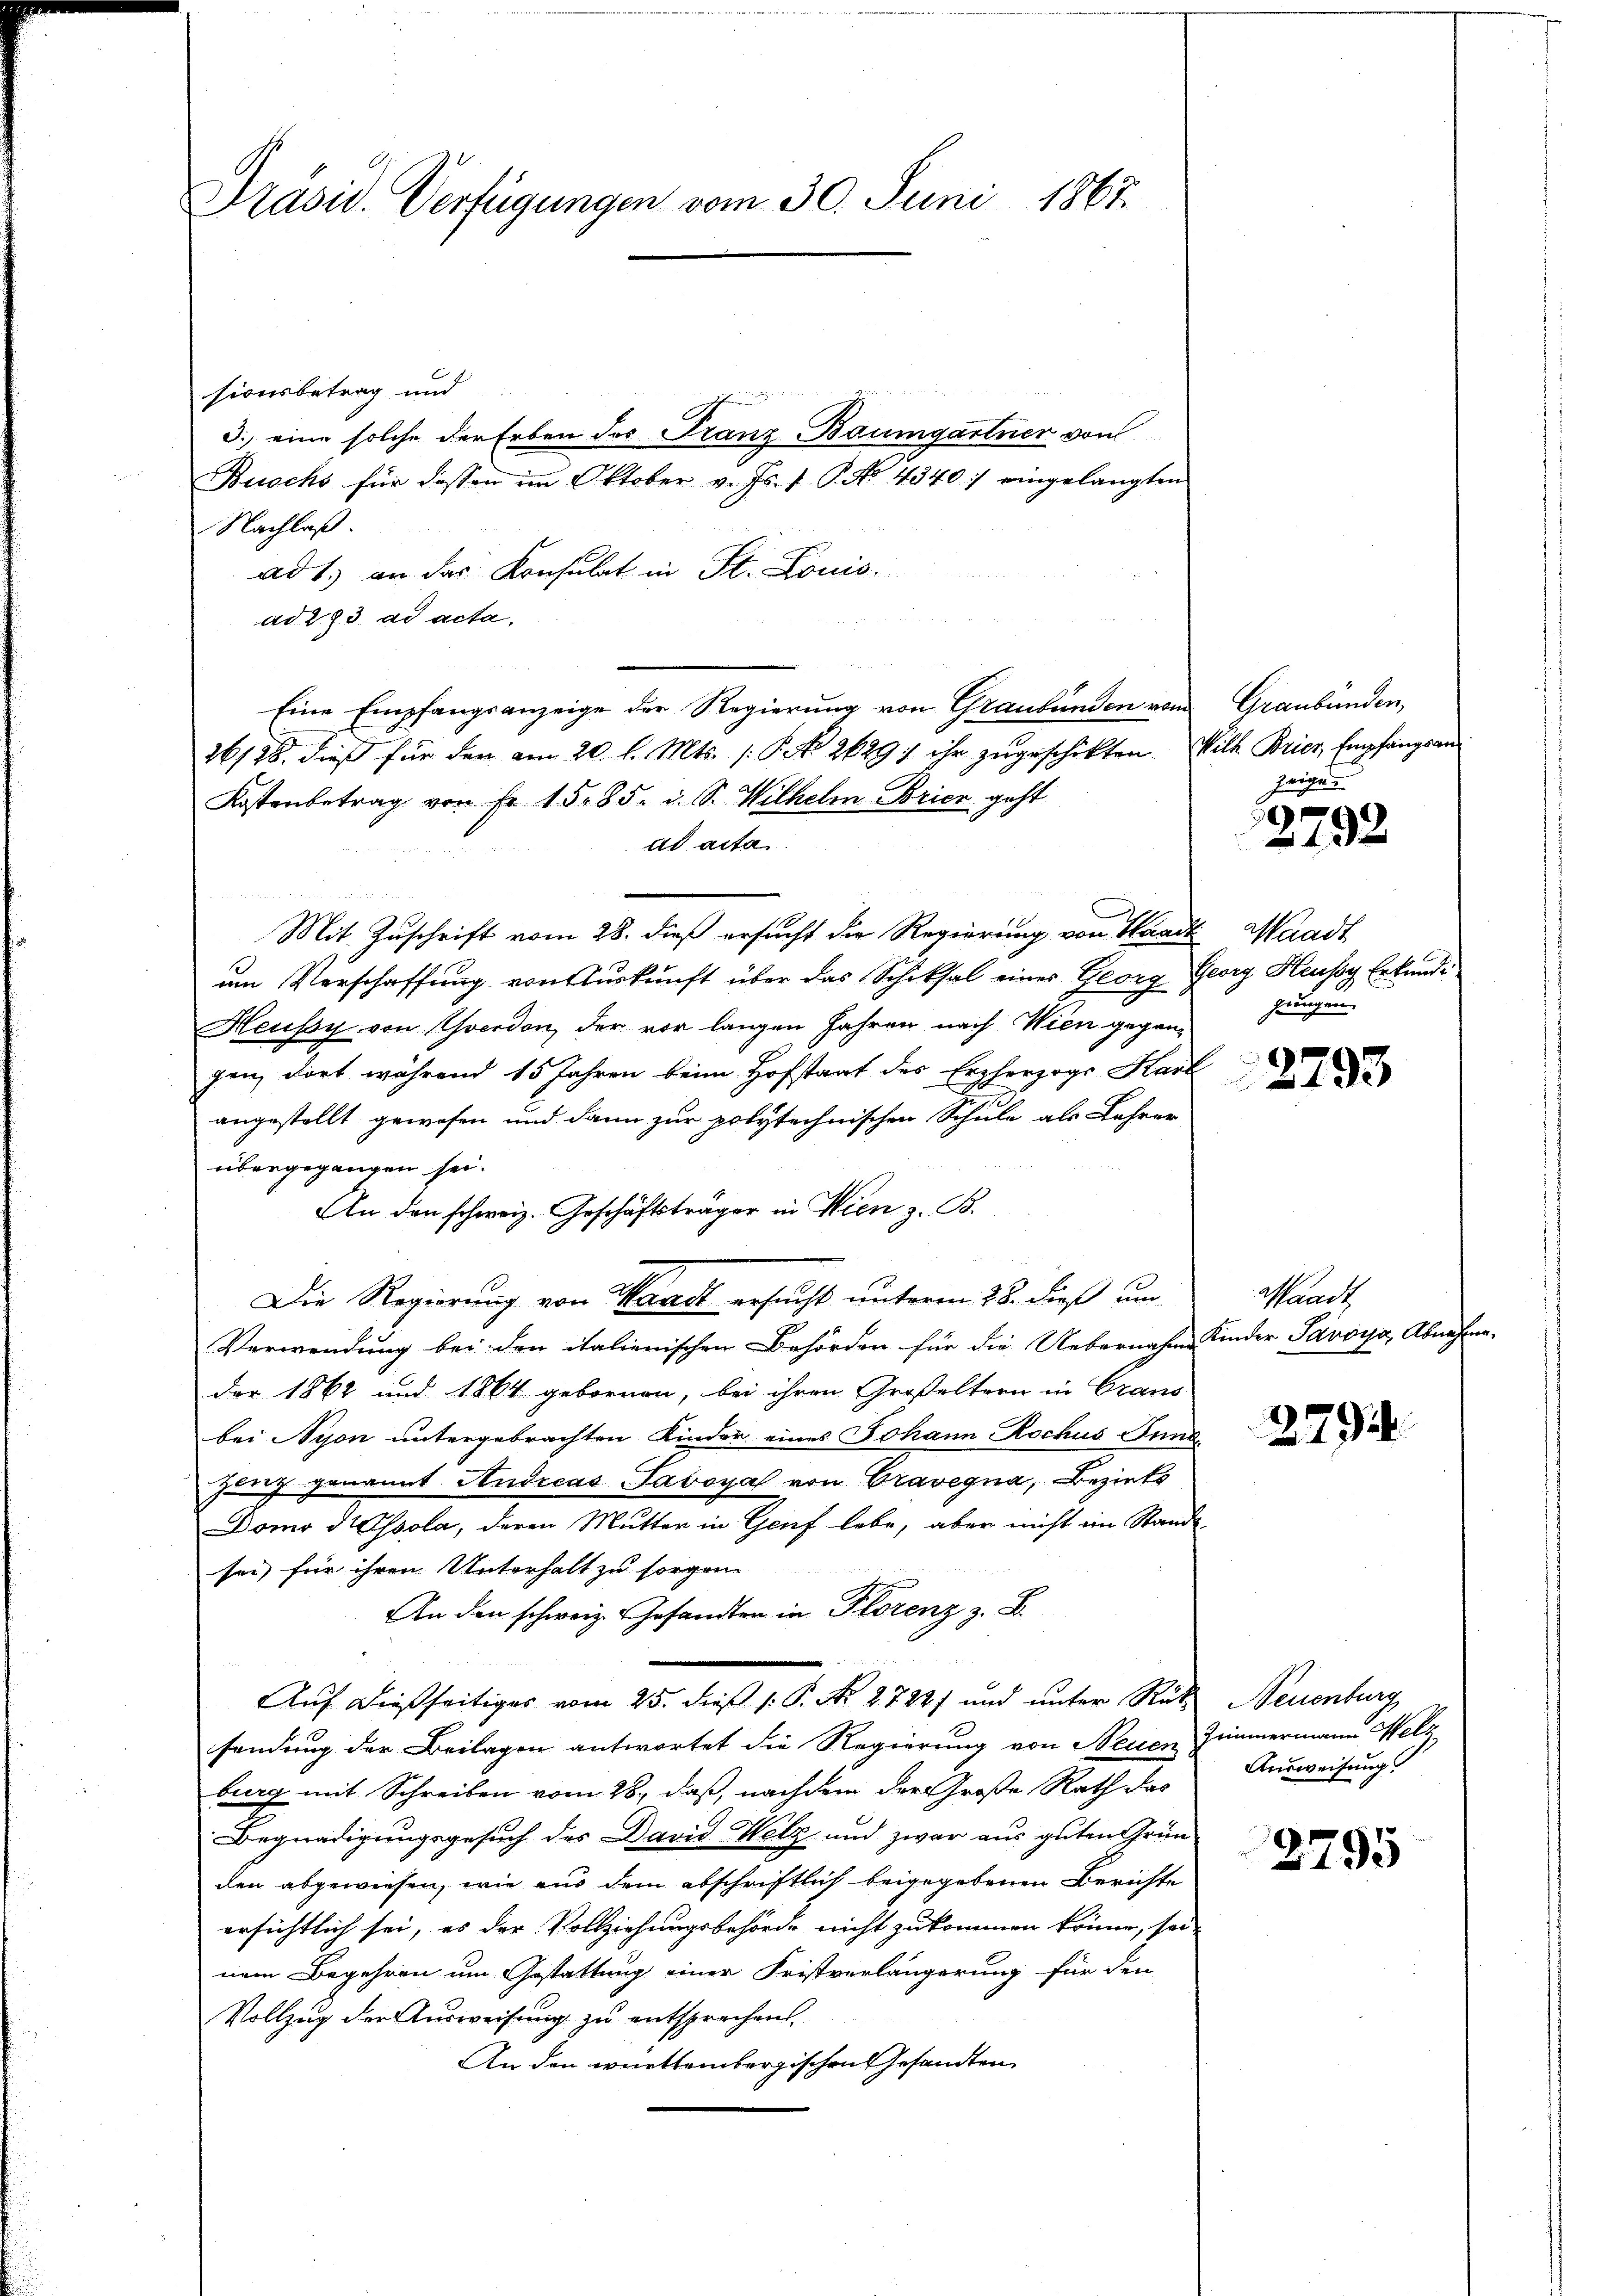
Präsid. Verfügungen vom 30. Juni 1867.

sionsbetrag und
Nachlaß
ad 1. an das Konsulat in St. Louis
ad 293. ad acta.
Eine Empfangsanzeige der Regierung von Graubünden von Graubünden,
26198. dieß für den am 20. l. Mts. s. S. 2629; ihr zugeschikten. Will Bries Empfangsan
Kostenbetrag von Fr. 15. 85. d. S. Wilhelm Bricz geht
ad acta
Mit Zuschrift vom 28. dieß ersucht der Regierung von Waadt
um Verschaffung von Auskunft über das Schiksal einer Georg Georg Heusog Erkund¬
Heussy von verdon, der vor langen Jahren nach Wien gegangen, dort während 15 Jahren beim Hofstaat des Erzherzogs Karl
angestellt gewesen und dann zur polytechnischen Schule als Lehrer
übergegangen sei.
An den schweiz. Geschäftsträger in Wien z. B.
Die Regierung von Waadt ersucht unterm 28. dieß um
Verwendung bei der italienischen Behörden für die Uebernahmen
der 1862 und 1864 gebornen, bei ihren Großeltern in Grans
bei Nyon untergebrachten Kinder eines Johann Rochus Fund
Herz genannt Andreas Savoyal von Travegna, Bezirks
Domo Isola, deren Mutter in Genf lebe, aber nicht im Stande
sei, für ihren Unterhalt zu sorgen
 rez.
Auf dießseitiges vom 25. dieß P. P. Nr. 27227 und unter Rük
sendung der Beilagen antwortet die Regierung von Neuen
burg mit Schreiben vom 28., daß, nachdem der Große Rath das
Begnadigungsgesuch des David Welz und zwar aus guten Gründen abgewiesen, wie aus dem abschriftlich beigegebenen Berichte
ersichtlich sei, es der Vollziehungsbehörde nicht zukommen könne, sei
nem Begehren um Gestattung einer Fristverlängerung für den
Vollzug der Ausweisung zu entsprochen.
An den württembergischen Gesandten

d.) eine solche der Erben des Franz Baumgartner von
Buschs für dessen im Oktober v. Js. v. P. No. 4340:/ eingelangten

zeige

2792

Waadt
guungen.

e

2793

Waadt
Kinder Savoisa, Abnahm

279

Neuenburg
Trimmermann Melz
Ausweisung

2795